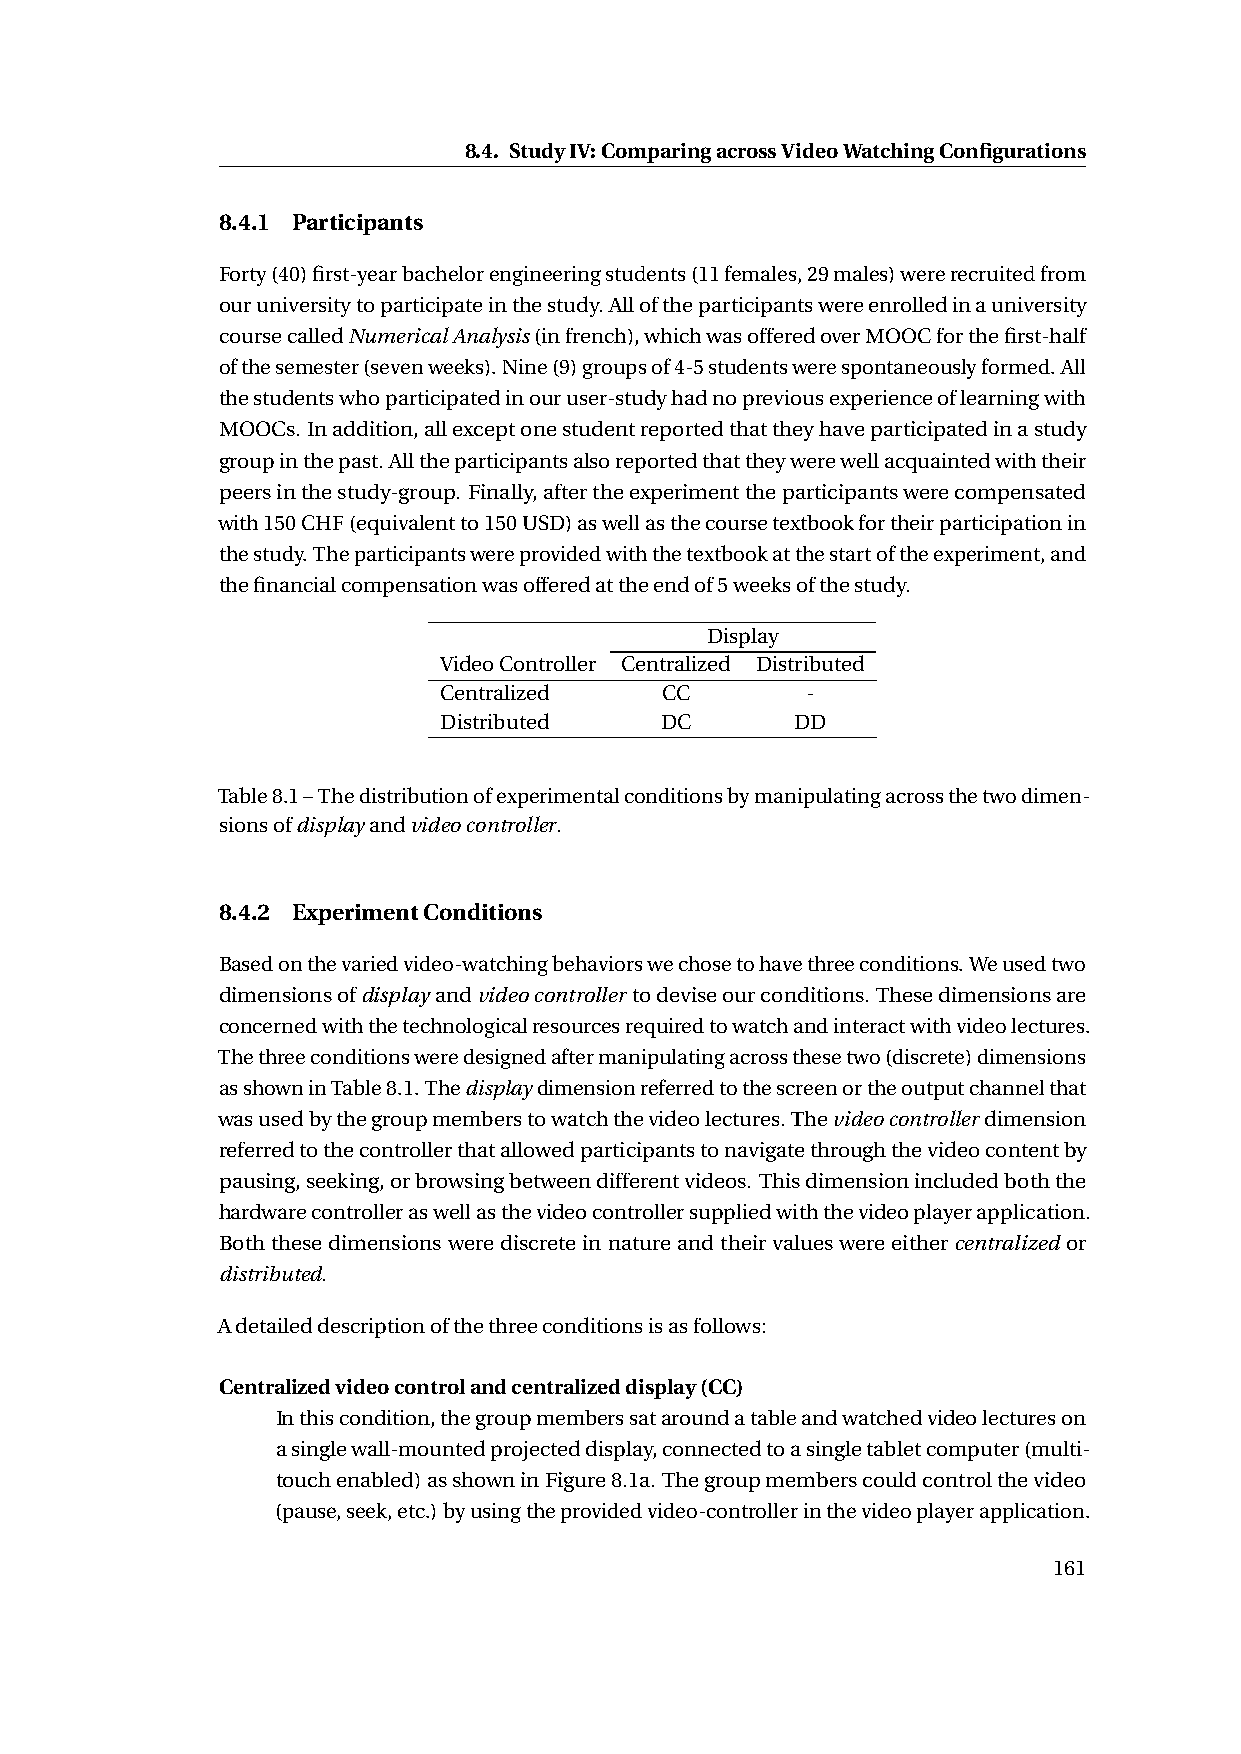
8.4. StudyIV:ComparingacrossVideoWatchingConfigurations
 8.4.1 Participants
 Forty(40)first-yearbachelorengineeringstudents(11females,29males)wererecruitedfrom
 ouruniversitytoparticipateinthestudy.Alloftheparticipantswereenrolledinauniversity
 coursecalledNumericalAnalysis(infrench),whichwasofferedoverMOOCforthefirst-half
 ofthesemester(sevenweeks).Nine(9)groupsof4-5studentswerespontaneouslyformed.All
 thestudentswhoparticipatedinouruser-studyhadnopreviousexperienceoflearningwith
 MOOCs. Inaddition,allexceptonestudentreportedthattheyhaveparticipatedinastudy
 groupinthepast.Alltheparticipantsalsoreportedthattheywerewellacquaintedwiththeir
 peersinthestudy-group. Finally,aftertheexperimenttheparticipantswerecompensated
 with150CHF(equivalentto150USD)aswellasthecoursetextbookfortheirparticipationin
 thestudy.Theparticipantswereprovidedwiththetextbookatthestartoftheexperiment,and
 thefinancialcompensationwasofferedattheendof5weeksofthestudy.
 Display
 VideoController Centralized Distributed
 Centralized    CC       -
 Distributed    DC       DD
 Table8.1–Thedistributionofexperimentalconditionsbymanipulatingacrossthetwodimen-
 sionsofdisplayandvideocontroller.
 8.4.2 ExperimentConditions
 Basedonthevariedvideo-watchingbehaviorswechosetohavethreeconditions.Weusedtwo
 dimensionsofdisplayandvideocontrollertodeviseourconditions. Thesedimensionsare
 concernedwiththetechnologicalresourcesrequiredtowatchandinteractwithvideolectures.
 Thethreeconditionsweredesignedaftermanipulatingacrossthesetwo(discrete)dimensions
 asshowninTable8.1.Thedisplaydimensionreferredtothescreenortheoutputchannelthat
 wasusedbythegroupmemberstowatchthevideolectures.Thevideocontrollerdimension
 referredtothecontrollerthatallowedparticipantstonavigatethroughthevideocontentby
 pausing,seeking,orbrowsingbetweendifferentvideos. Thisdimensionincludedboththe
 hardwarecontrolleraswellasthevideocontrollersuppliedwiththevideoplayerapplication.
 Boththesedimensionswerediscreteinnatureandtheirvalueswereeithercentralized or
 distributed.
 Adetaileddescriptionofthethreeconditionsisasfollows:
 Centralizedvideocontrolandcentralizeddisplay(CC)
 Inthiscondition,thegroupmemberssataroundatableandwatchedvideolectureson
 asinglewall-mountedprojecteddisplay,connectedtoasingletabletcomputer(multi-
 touchenabled)asshowninFigure8.1a.Thegroupmemberscouldcontrolthevideo
 (pause,seek,etc.)byusingtheprovidedvideo-controllerinthevideoplayerapplication.
 161